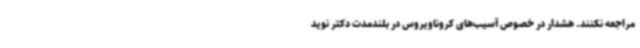
مراجعه نکنند. هشدار در خصوص آسیب‌های کروناویروس در بلندمدت دکتر نوید